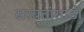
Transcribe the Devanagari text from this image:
सरबतांसाठी